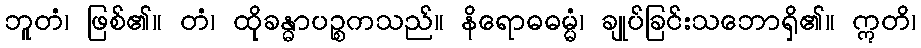
ဘူတံ၊ ဖြစ်၏။ တံ၊ ထိုခန္ဓာပဉ္စကသည်။ နိရောဓဓမ္မံ၊ ချုပ်ခြင်းသဘောရှိ၏။ ဣတိ၊